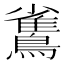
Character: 𪅓